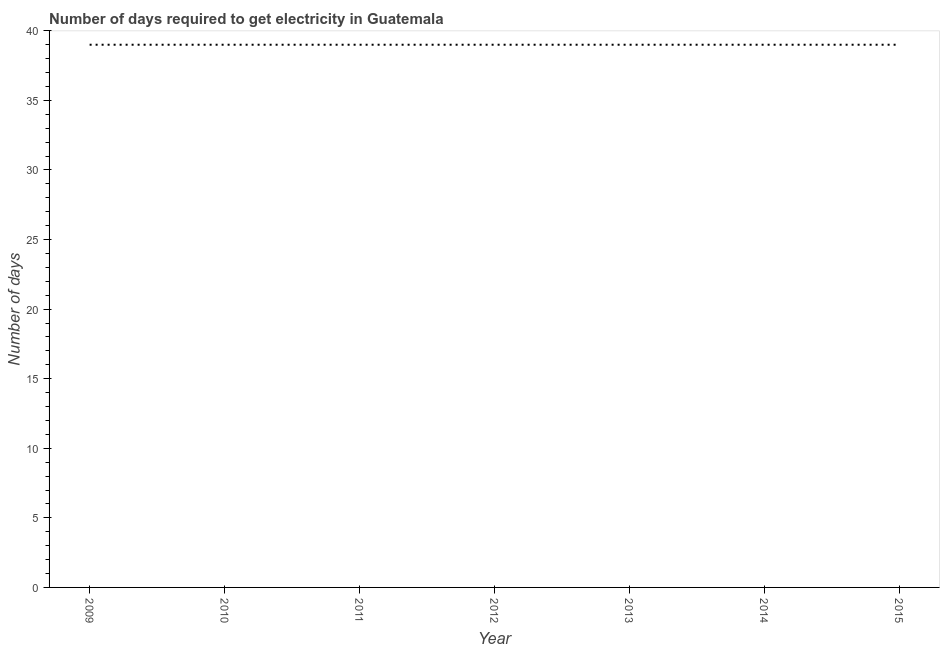
| Year | Time to get electricity |
 | --- | --- |
 | 2009 | 39 |
 | 2010 | 39 |
 | 2011 | 39 |
 | 2012 | 39 |
 | 2013 | 39 |
 | 2014 | 39 |
 | 2015 | 39 |